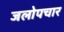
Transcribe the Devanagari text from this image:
जलोपचार